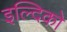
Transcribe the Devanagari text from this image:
इल्दिको